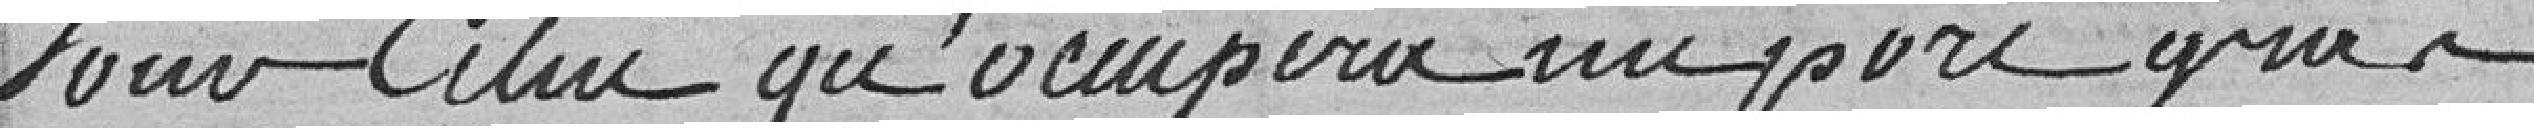
Pour celui qu'occupera un porc gras